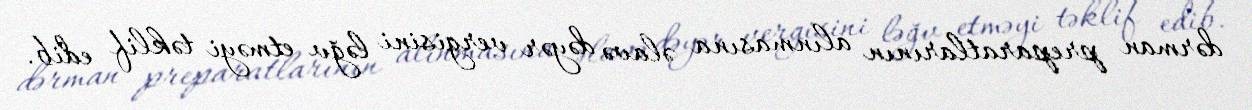
dərman preparatlarının alınmasına əlavə dəyər vergisini ləğv etməyi təklif edib.